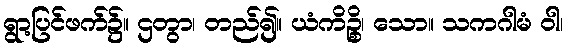
ရွာ့ပြင်ဖက်၌။ ဌတွာ၊ တည်၍။ ယံကိဉ္စိ၊ သော။ သကဂါမံ ဝါ၊